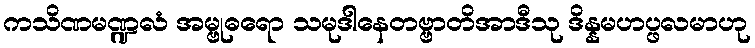
ကသိဏမဏ္ဍလံ အမ္ဗုဓရော သမုဒါနေတဗ္ဗာတိအာဒီသု ဒိန္နမဟပ္ဖလမာဟု